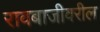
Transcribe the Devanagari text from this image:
रावबाजीवरील